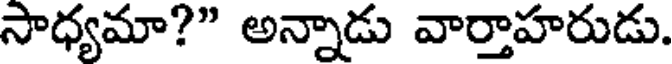
సాధ్యమా?" అన్నాడు వార్తాహరుడు.